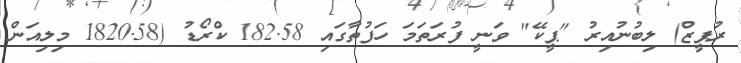
ރުޕީޒް) ލިބުނުއިރު "ޕީކޭ" ވަނީ ފުރަތަމަ ހަފުތާގައި 182.58 ކްރޯޑު (1820.58 މިލިއަން